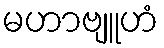
မဟာဗျူဟံ